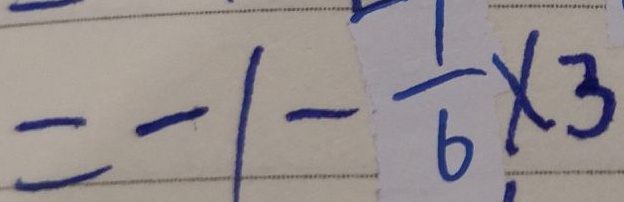
= - 1 - \frac { 1 } { 6 } \times 3